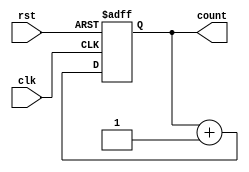
module async_reset_sync_counter #(
    parameter N = 4  // Parameter to define the bit-width of the counter
)(
    input wire clk,   // Clock signal
    input wire rst,   // Asynchronous reset signal
    output reg [N-1:0] count  // N-bit counter output
);

// Asynchronous reset logic
always @(posedge clk or posedge rst) begin
    if (rst) begin
        count <= 0;  // Reset the counter to zero
    end else begin
        count <= count + 1;  // Increment the counter on clock edge
    end
end

endmodule